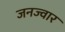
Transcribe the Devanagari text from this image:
जनज्वार